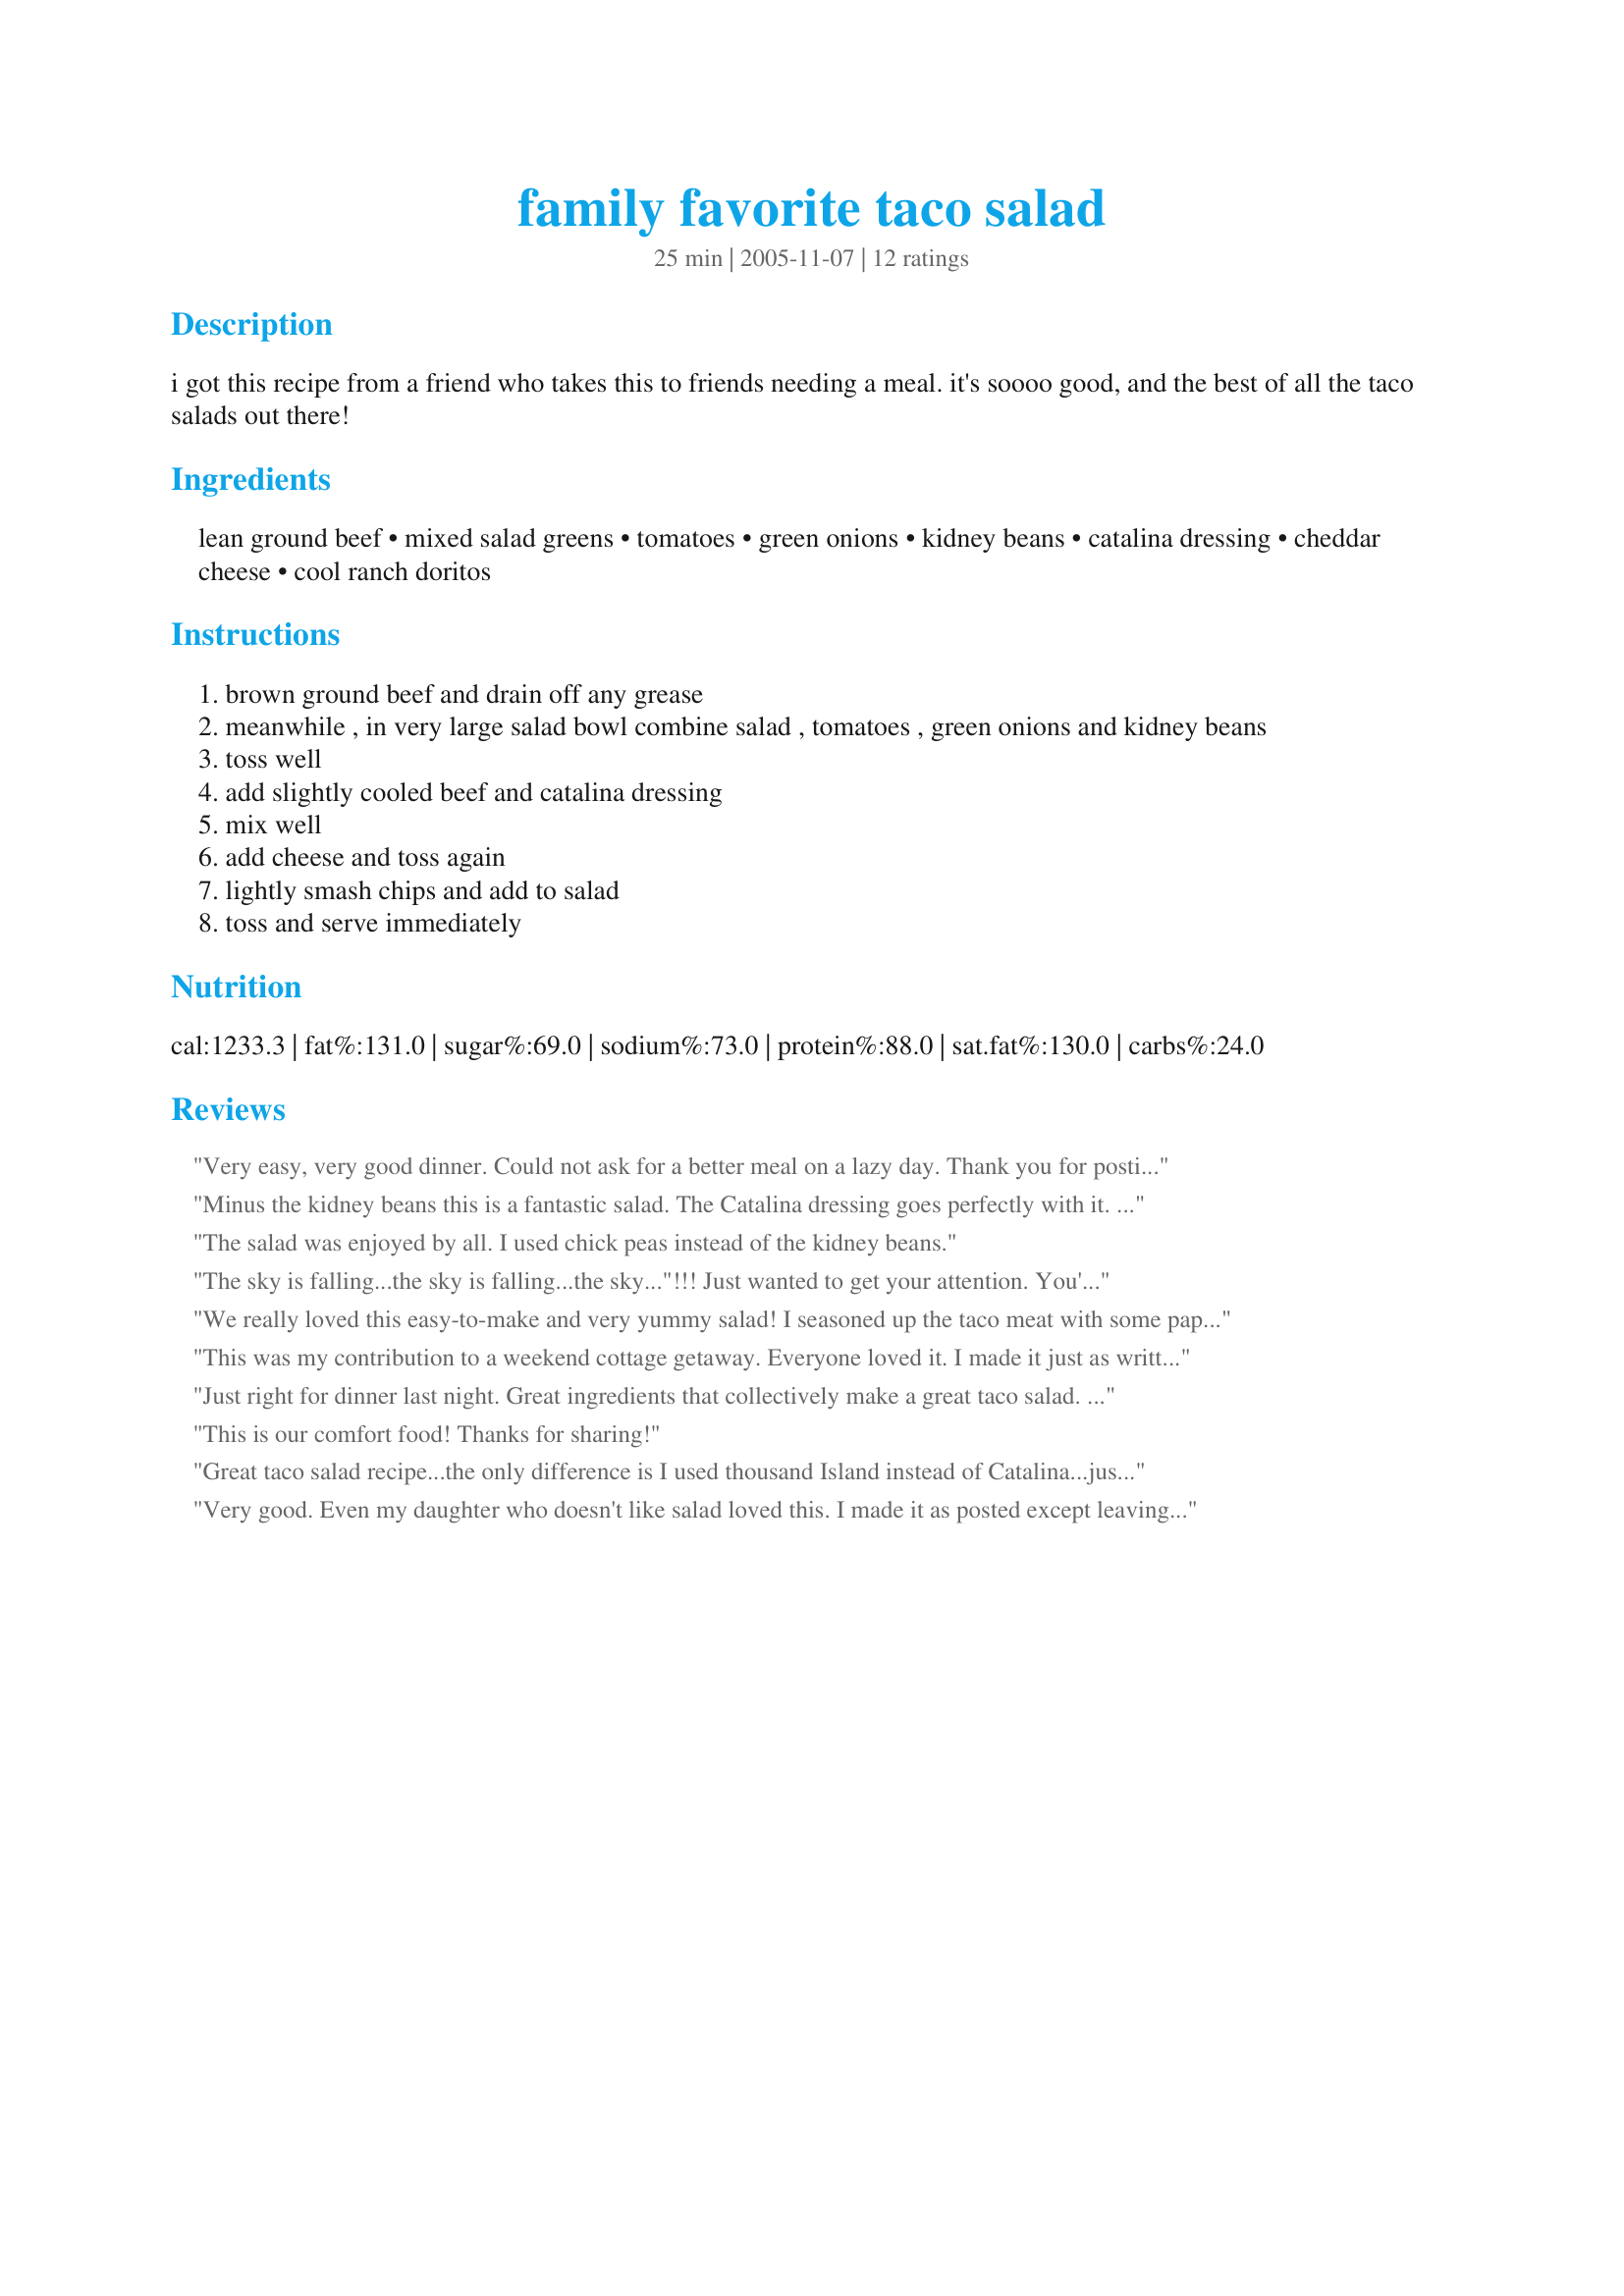
family favorite taco salad
Preparation time: 25 minutes

i got this recipe from a friend who takes this to friends needing a meal. it's soooo good, and the best of all the taco salads out there!

Ingredients:
lean ground beef, mixed salad greens, tomatoes, green onions, kidney beans, catalina dressing, cheddar cheese, cool ranch doritos

Steps:
brown ground beef and drain off any grease
meanwhile , in very large salad bowl combine salad , tomatoes , green onions and kidney beans
toss well
add slightly cooled beef and catalina dressing
mix well
add cheese and toss again
lightly smash chips and add to salad
toss and serve immediately

Reviews:
Very easy, very good dinner. Could not ask for a better meal on a lazy day. 
Thank you for posting, ZWT3.
Minus the kidney beans this is a fantastic salad. The Catalina dressing goes perfectly with it. This is nice, satisfying lunch for the office.
The salad was enjoyed by all. I used chick peas instead of the kidney beans.
The sky is falling...the sky is falling...the sky..."!!! Just wanted to get your attention. You've run out of ideas not to make this. Made for Best of 2012 recipe tag.
We really loved this easy-to-make and very yummy salad! I seasoned up the taco meat with some paprika, chili powder, oregano, and garlic salt. I also added a few sliced black olives and chopped bell pepper pieces to the salad then tossed it with French-Italian Salad Dressing recipe #94469 and Black Pepper Jack Doritos. Thanks for sharing this delicious recipe ~ It's a definite keeper!
This was my contribution to a weekend cottage getaway. Everyone loved it. I made it just as written except that I didn't measure the cheese, I just added the whole bag. Made for ZWT8 Family Picks.
Just right for dinner last night. Great ingredients that collectively make a great taco salad. Made for ZWT8
This is our comfort food! Thanks for sharing!


Great taco salad recipe...the only difference is I used thousand Island instead of Catalina...just our personal preference...otherwise great salad for a hot day
Very good. Even my daughter who doesn't like salad loved this. I made it as posted except leaving out the onions and adding avocado. Just my preference tho. Thank you for sharing.
We had this tonight and loved it!!! This is so easy to fix and makes a great meal. (Especially during the summer... You don't have to heat the house to have a wonderful dinner.) I have added this to my collection of recipies. Thank you!!!
This was great! Fast, easy and tasted great what more could anyone ask for? Thanks for posting.
